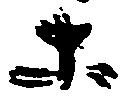
等